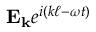
\mathbf { E _ { k } } e ^ { i ( k \ell - \omega t ) }